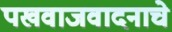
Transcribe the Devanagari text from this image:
पखवाजवादनाचे